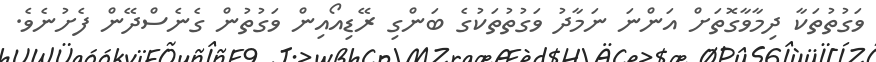
ވަގުތުތަކާ ދިމާވާގޮތަށް އަންނަ ނަމާދު ވަގުތުތަކުގެ ބަންގި ރޭޑިއޯއިން ވަގުތުން ގެނެސްދޭން ފެށުނެވެ.